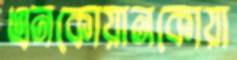
এনকোয়ানকোয়া